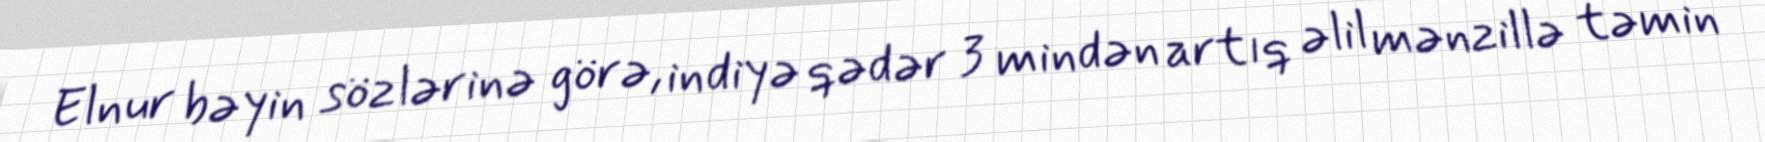
Elnur bəyin sözlərinə görə, indiyə qədər 3 mindən artıq əlil mənzillə təmin